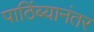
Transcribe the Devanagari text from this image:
पाठिंब्यानंतर